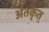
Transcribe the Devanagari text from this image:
अंतकृत्